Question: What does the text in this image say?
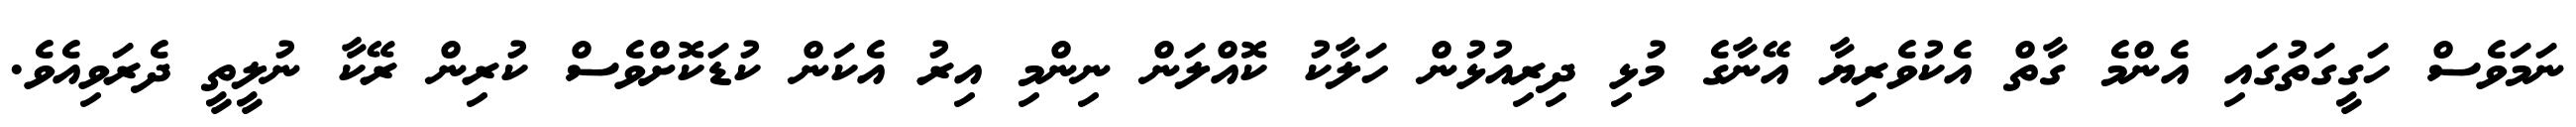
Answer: ނަމަވެސް ހަގީގަތުގައި އެންމެ ގާތް އެކުވެރިޔާ އޭނާގެ މުޅި ދިރިއުޅުން ހަލާކު ކޮއްލަން ނިންމި އިރު އެކަން ކުޑަކޮށްވެސް ކުރިން ރޭކާ ނުލީތީ ދެރަވިއެވެ.